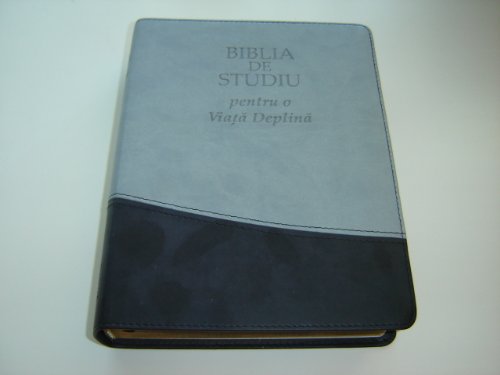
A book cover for The Full Life Study Bible in Romanian Language Edition / Biblia De Studiu pentru o Viata Deplina - Versiunea D. Cornilescu / Duo Tone Gray and Black - Golden Edges with Thumb index / Concoradnce, Color Maps; Bible Society; Travel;